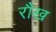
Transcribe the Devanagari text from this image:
रौख